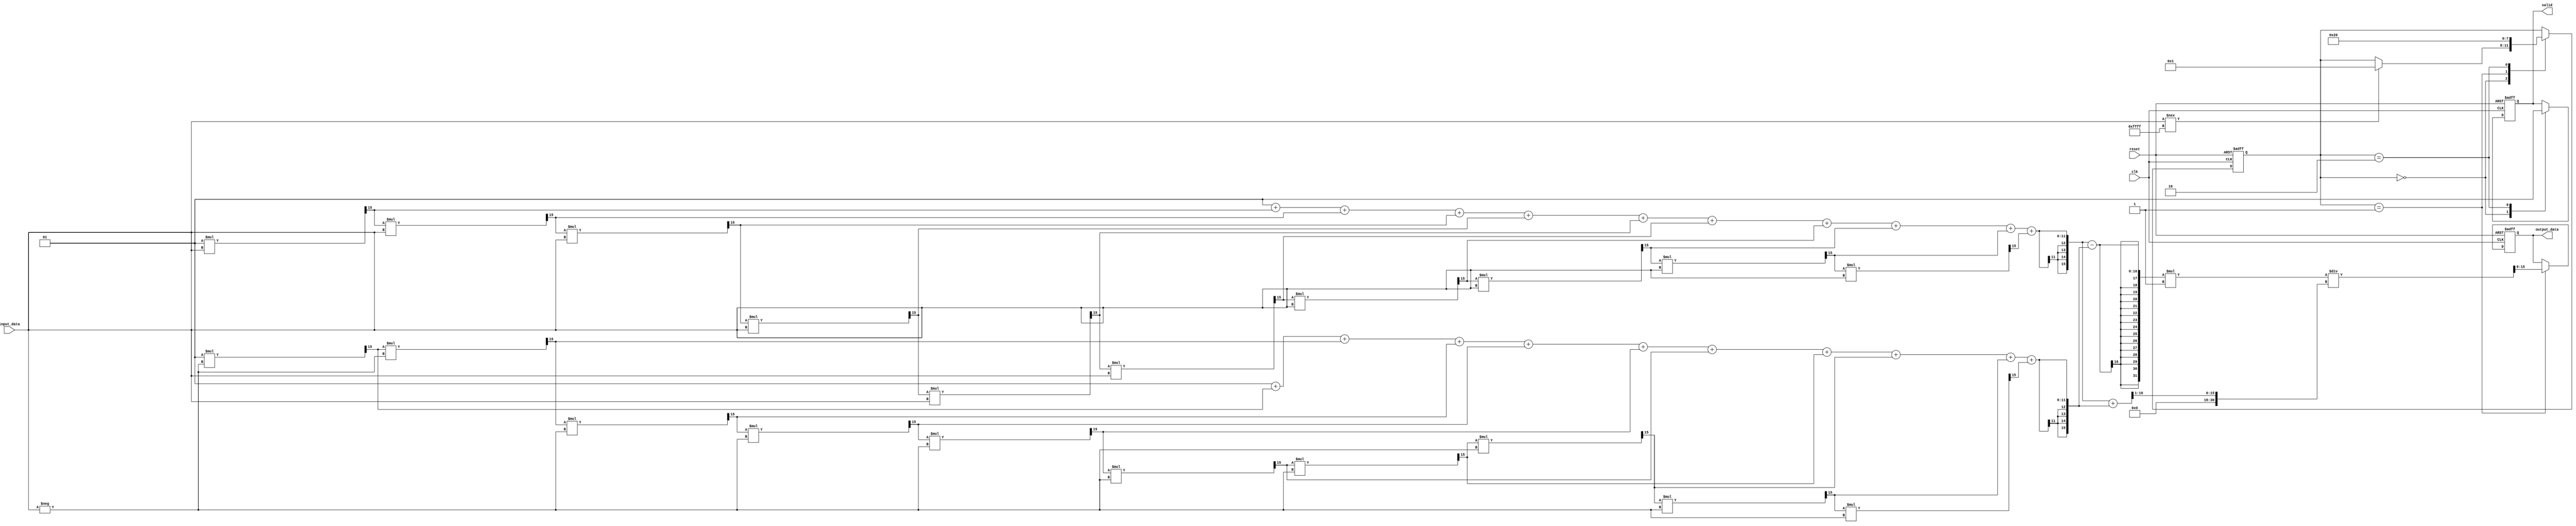
module tanh_block (
    input wire clk,
    input wire reset,
    input wire signed [15:0] input_data, // 16-bit signed fixed-point input
    output reg signed [15:0] output_data, // 16-bit signed fixed-point output
    output reg valid // Output valid signal
);

    // Internal signals
    reg [15:0] exp_pos;
    reg [15:0] exp_neg;
    reg [31:0] numerator;
    reg [31:0] denominator;
    reg [3:0] state;
    
    // State encoding
    localparam IDLE = 0, COMPUTE = 1, OUTPUT = 2;

    // Simple approximation of e^x using Taylor series expansion
    function [15:0] exponential;
        input signed [15:0] x;
        reg signed [15:0] term;
        reg signed [15:0] sum;
        integer i;
        begin
            sum = 16'h0001; // e^0 = 1
            term = 16'h0001; // x^0 / 0!
            for (i = 1; i <= 10; i = i + 1) begin // 10 terms for approximation
                term = (term * x) >>> 15; // x^n / n!
                sum = sum + term;
            end
            exponential = sum;
        end
    endfunction

    // State machine
    always @(posedge clk or posedge reset) begin
        if (reset) begin
            state <= IDLE;
            output_data <= 16'h0000;
            valid <= 1'b0;
        end else begin
            case (state)
                IDLE: begin
                    valid <= 1'b0;
                    if (input_data !== 16'hFFFF) begin // Arbitrary condition to start
                        state <= COMPUTE;
                    end
                end
                COMPUTE: begin
                    exp_pos = exponential(input_data); // Compute e^x
                    exp_neg = exponential(-input_data); // Compute e^-x
                    numerator = exp_pos - exp_neg; // e^x - e^-x
                    denominator = exp_pos + exp_neg; // e^x + e^-x
                    output_data = (numerator * 16'h0001) / (denominator >>> 1); // Scale to fit output range
                    state <= OUTPUT;
                end
                OUTPUT: begin
                    valid <= 1'b1;
                    state <= IDLE; // Return to IDLE after output
                end
            endcase
        end
    end

endmodule